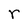
Character: r